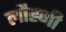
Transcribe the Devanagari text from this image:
लौह्गी